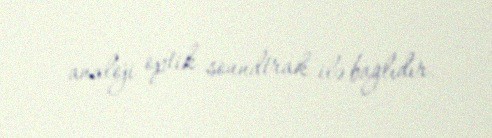
analoji optik soundtrak ilə bağlıdır.